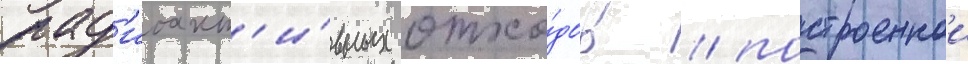
рад'иоакт'и́вных отхо́дов / построеннои